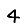
Digit: 4